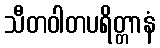
သီတဝါတပရိတ္တာနံ